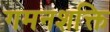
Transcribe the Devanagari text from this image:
गमनशक्ति